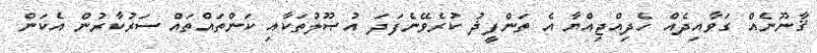
ޤާނޫނެއް ގަވާއިދެއް ހެދިއްޖިއްޔާ އެ ތަންފީޛު ކުރެވޭނެފަދަ އުޞޫލުތަކާއި ކަންތައްތައް ސަރުކާރުން އެކަން